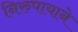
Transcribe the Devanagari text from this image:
निरुपायाने